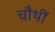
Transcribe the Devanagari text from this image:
चौथीं